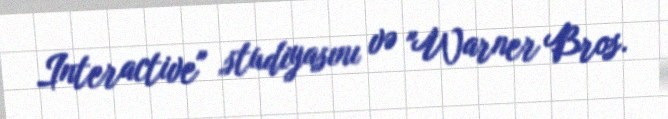
Interactive" studiyasını və "Warner Bros.